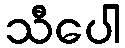
သီပေါ